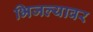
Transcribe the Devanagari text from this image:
भिजल्यावर